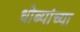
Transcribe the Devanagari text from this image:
धोब्यांच्या